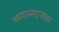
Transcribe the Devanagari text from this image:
आयएसएसवर